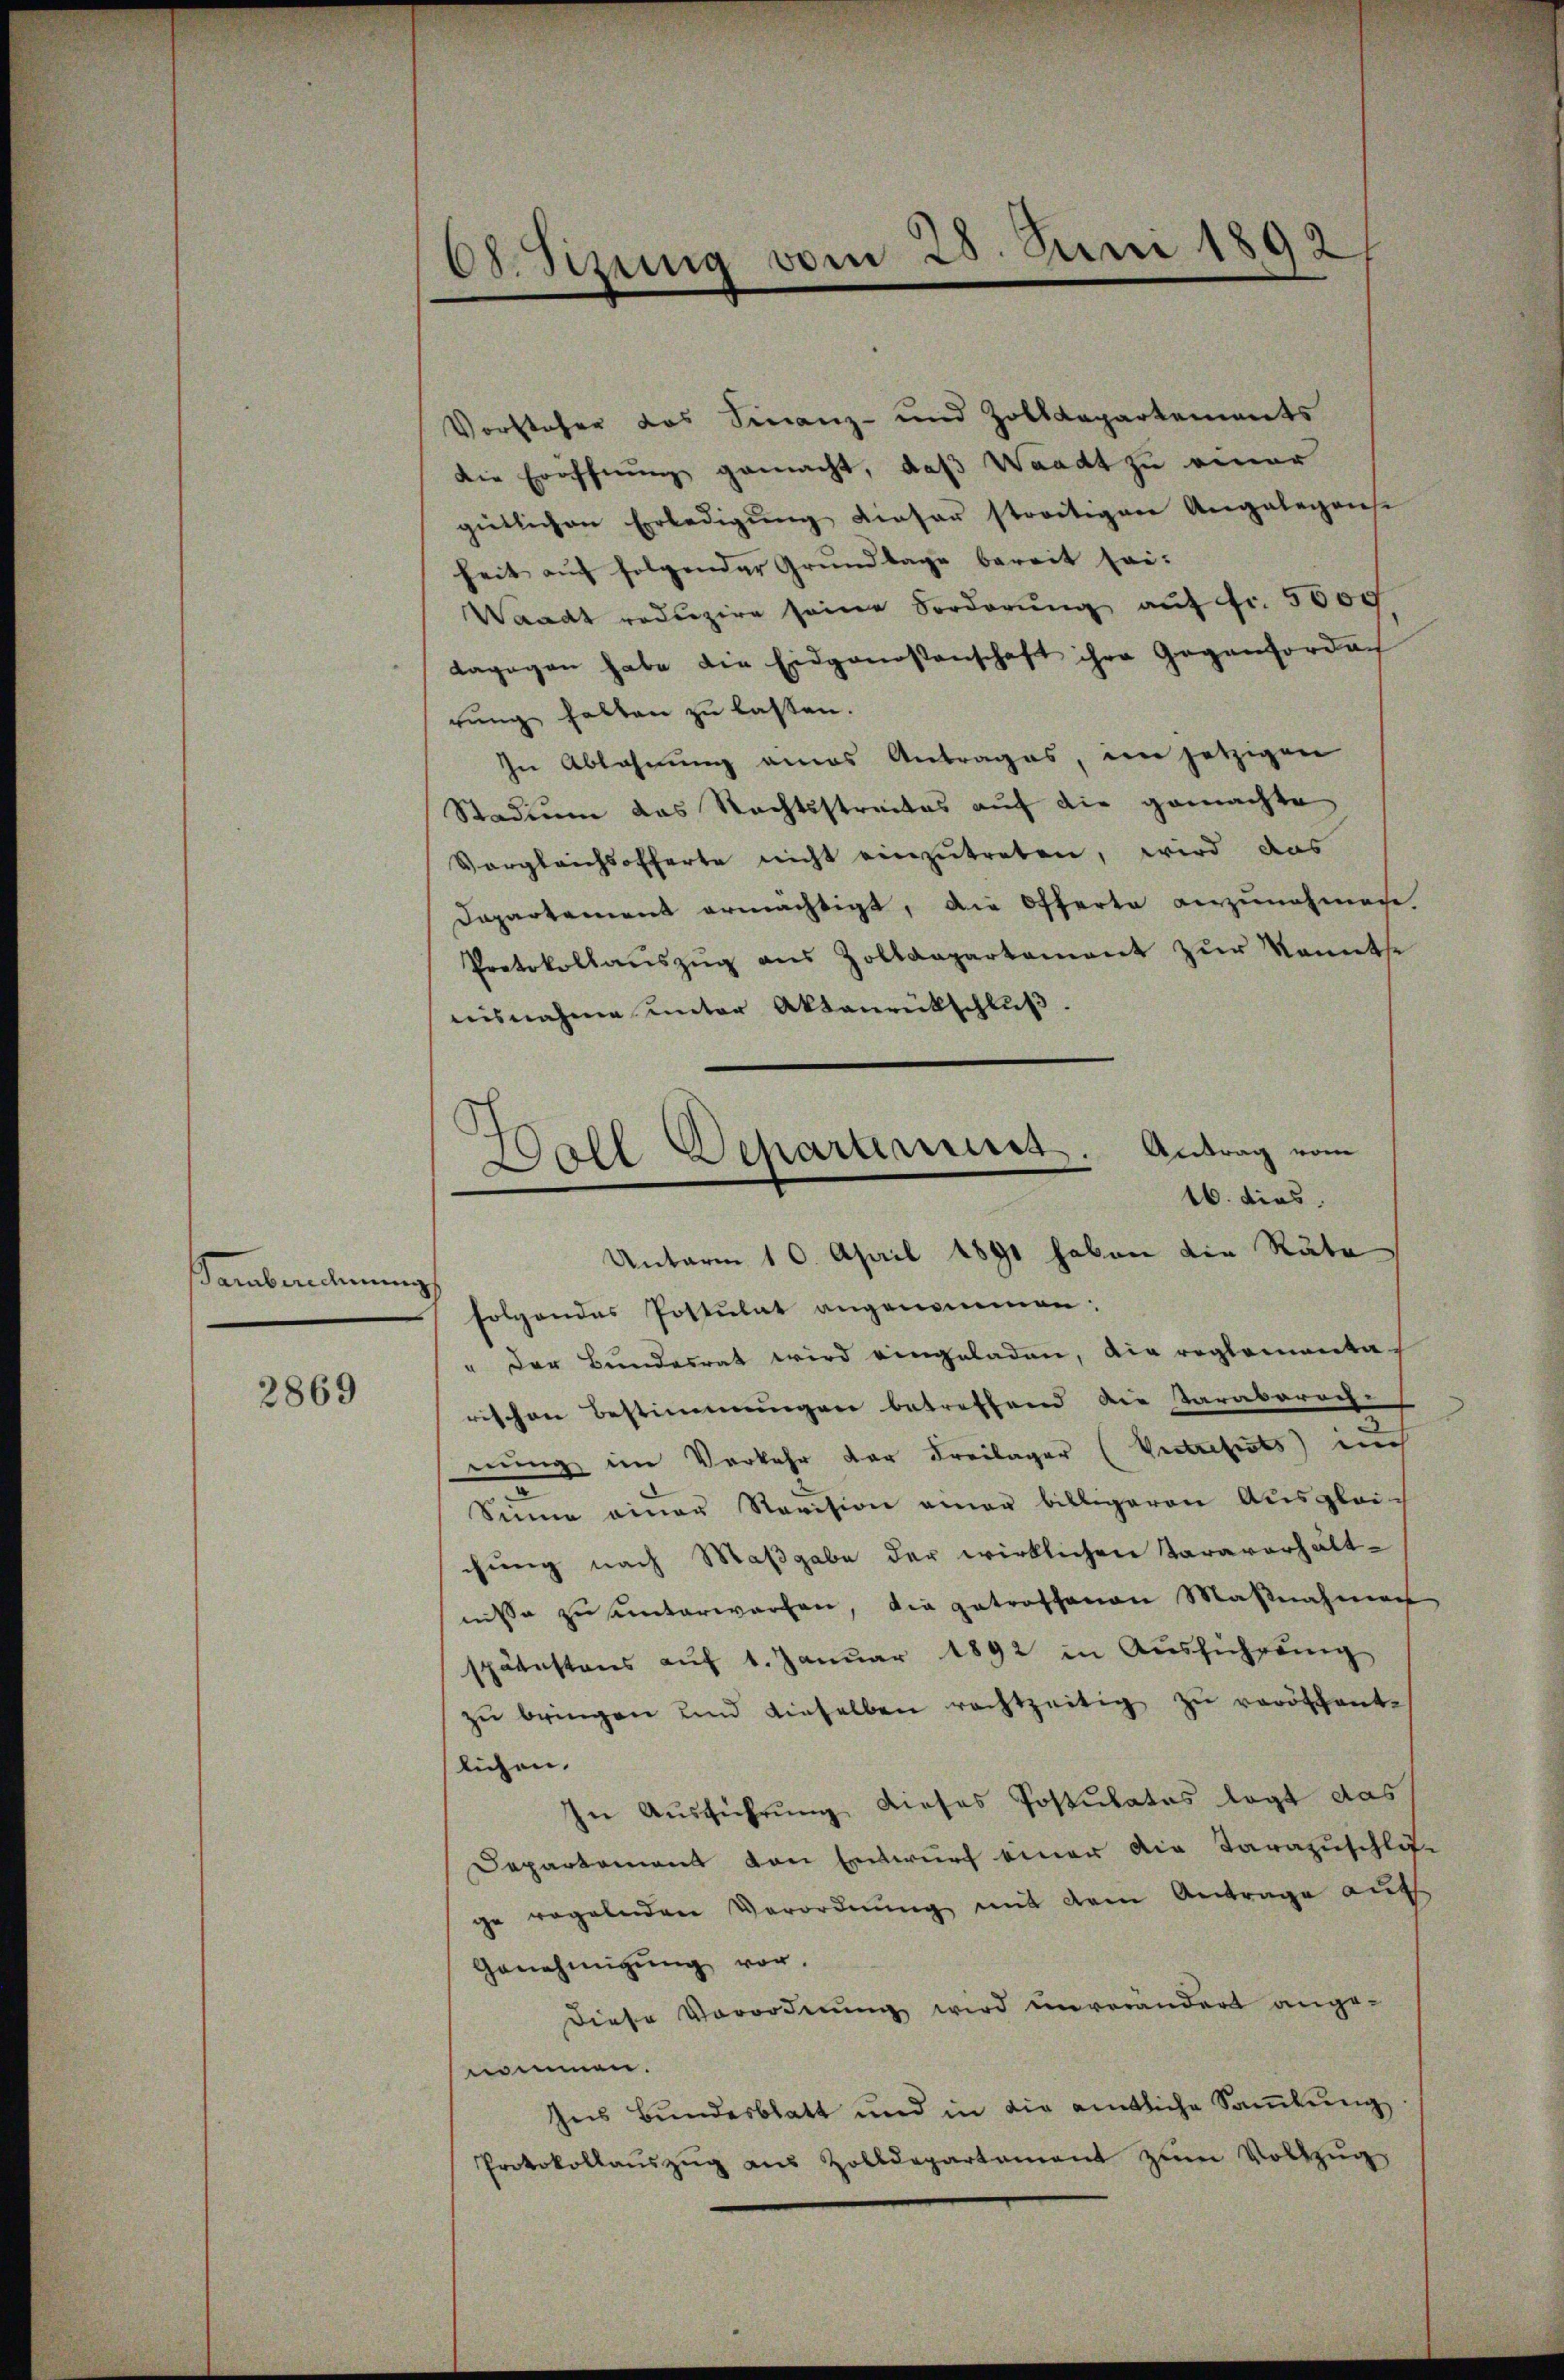
emberechnun

2869

O.Sizung vom 25. Juni 1892

Vorsteher das Finanz- und Zolldepartements
die Eröffnung gemacht, daß Waadt zu einer
gütlichen Erledigung dieser streitiger Angelegense
heit auf folgender Grŭndlage bereit sei.
Waadt reduzire seine Forderŭng auf Fr. 5600
dagegen habe die Eidgenossenschaft ihre Gegenkordach
rung halten zu lassen.
In Ablehnung eines Antrages, im jetzigen
Stadium das Rechtsstreites auf die gemachte
Vergleichsofferte nicht einzutreten, wird das
Dapartement ermächtigt, die Offerte anzunehmene
Protokollaŭszŭg ans Zolldepartement zŭr Kenntse
nisnahme unter Aktenrütschluß.
16. dies
folgendes Postulat angenommen:
" der Bundesrat wird eingeladen, die reglementarischen Bestimmungen betreffend die Taraberech-
nung im Verkehr der Freilager (Vertreferts) nich
Sinne einer Revision einer billigeren Ausgleichung nach Maßgabe der wirklichen Taraverhält-
nisse zu unterworfen, die getroffenen Maßnahmen
spätestens aŭf 1. Janŭar 1892 in Aŭsführŭng
zŭ bringen und dieselben rechtzeitig zŭ veröffent-
lichen.
In Ausführung dieses Postulates legt das
Departement von Entwurf einer die Tarazuschläge regelnden Verordnung mit dem Antrage auf
Genehmigung vor.
Diese Vorordnung wird unverändert angenommen.
Ins Bundesblatt und in die amtliche Sammlung
Protokollaŭszŭg aŭs Zolldepartement zŭm Vollzŭg

ch
oll Departerriss. Antrag vom

Unterm 10. April 1891 haben die Räte